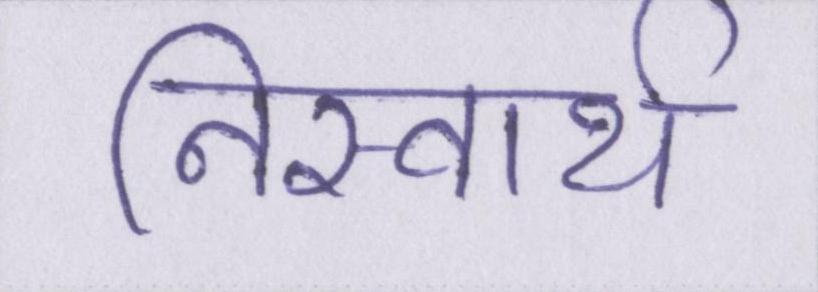
निस्वार्थ